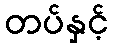
တပ်နှင့်